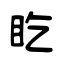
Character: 盵